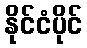
နိုင်ငံပိုင်